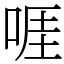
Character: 啀